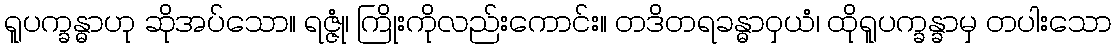
ရူပက္ခန္ဓာဟု ဆိုအပ်သော။ ရဇ္ဇုံ၊ ကြိုးကိုလည်းကောင်း။ တဒိတရခန္ဓာဝှယံ၊ ထိုရူပက္ခန္ခာမှ တပါးသော